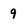
Character: 9